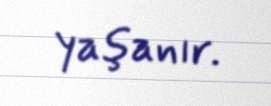
yaşanır.